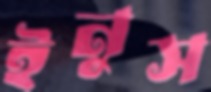
ইনুস